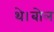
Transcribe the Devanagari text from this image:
थे।बोल